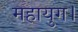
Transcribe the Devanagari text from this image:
महायुग।